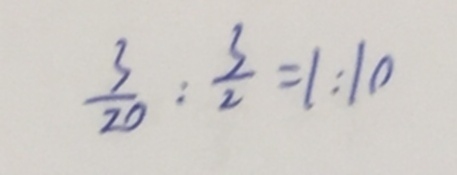
\frac { 3 } { 2 0 } : \frac { 3 } { 2 } = 1 : 1 0